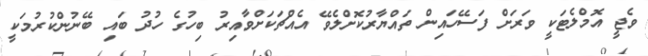
ވެޖީ އޮމްލެޓަކީ ވަރަށް ފަސޭހައިން ތައްޔާރުކޮށްލެވޭ އެއްޗަކަށްވާއިރު ބިހުގެ ހުދު ބައި ބޭނުންކުރުމަކީ